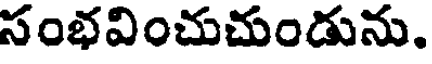
సంభవించుచుండును.